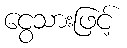
ငွေသားဖြင့်